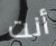
أنت